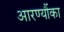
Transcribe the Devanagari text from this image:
आरण्यौंका